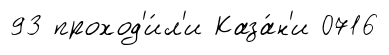
93 проход'и́л'и Каза́н'и 0716